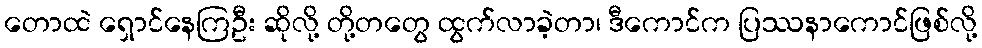
တောထဲ ရှောင်နေကြဦး ဆိုလို့ တို့တတွေ ထွက်လာခဲ့တာ၊ ဒီကောင်က ပြဿနာကောင်ဖြစ်လို့